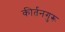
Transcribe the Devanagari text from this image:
कीर्तनगुरू